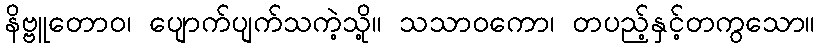
နိဗ္ဗူတောဝ၊ ပျောက်ပျက်သကဲ့သို့။ သသာဝကော၊ တပည့်နှင့်တကွသော။